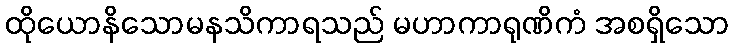
ထိုယောနိသောမနသိကာရသည် မဟာကာရုဏိကံ အစရှိသော